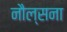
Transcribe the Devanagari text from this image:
नौल्सना